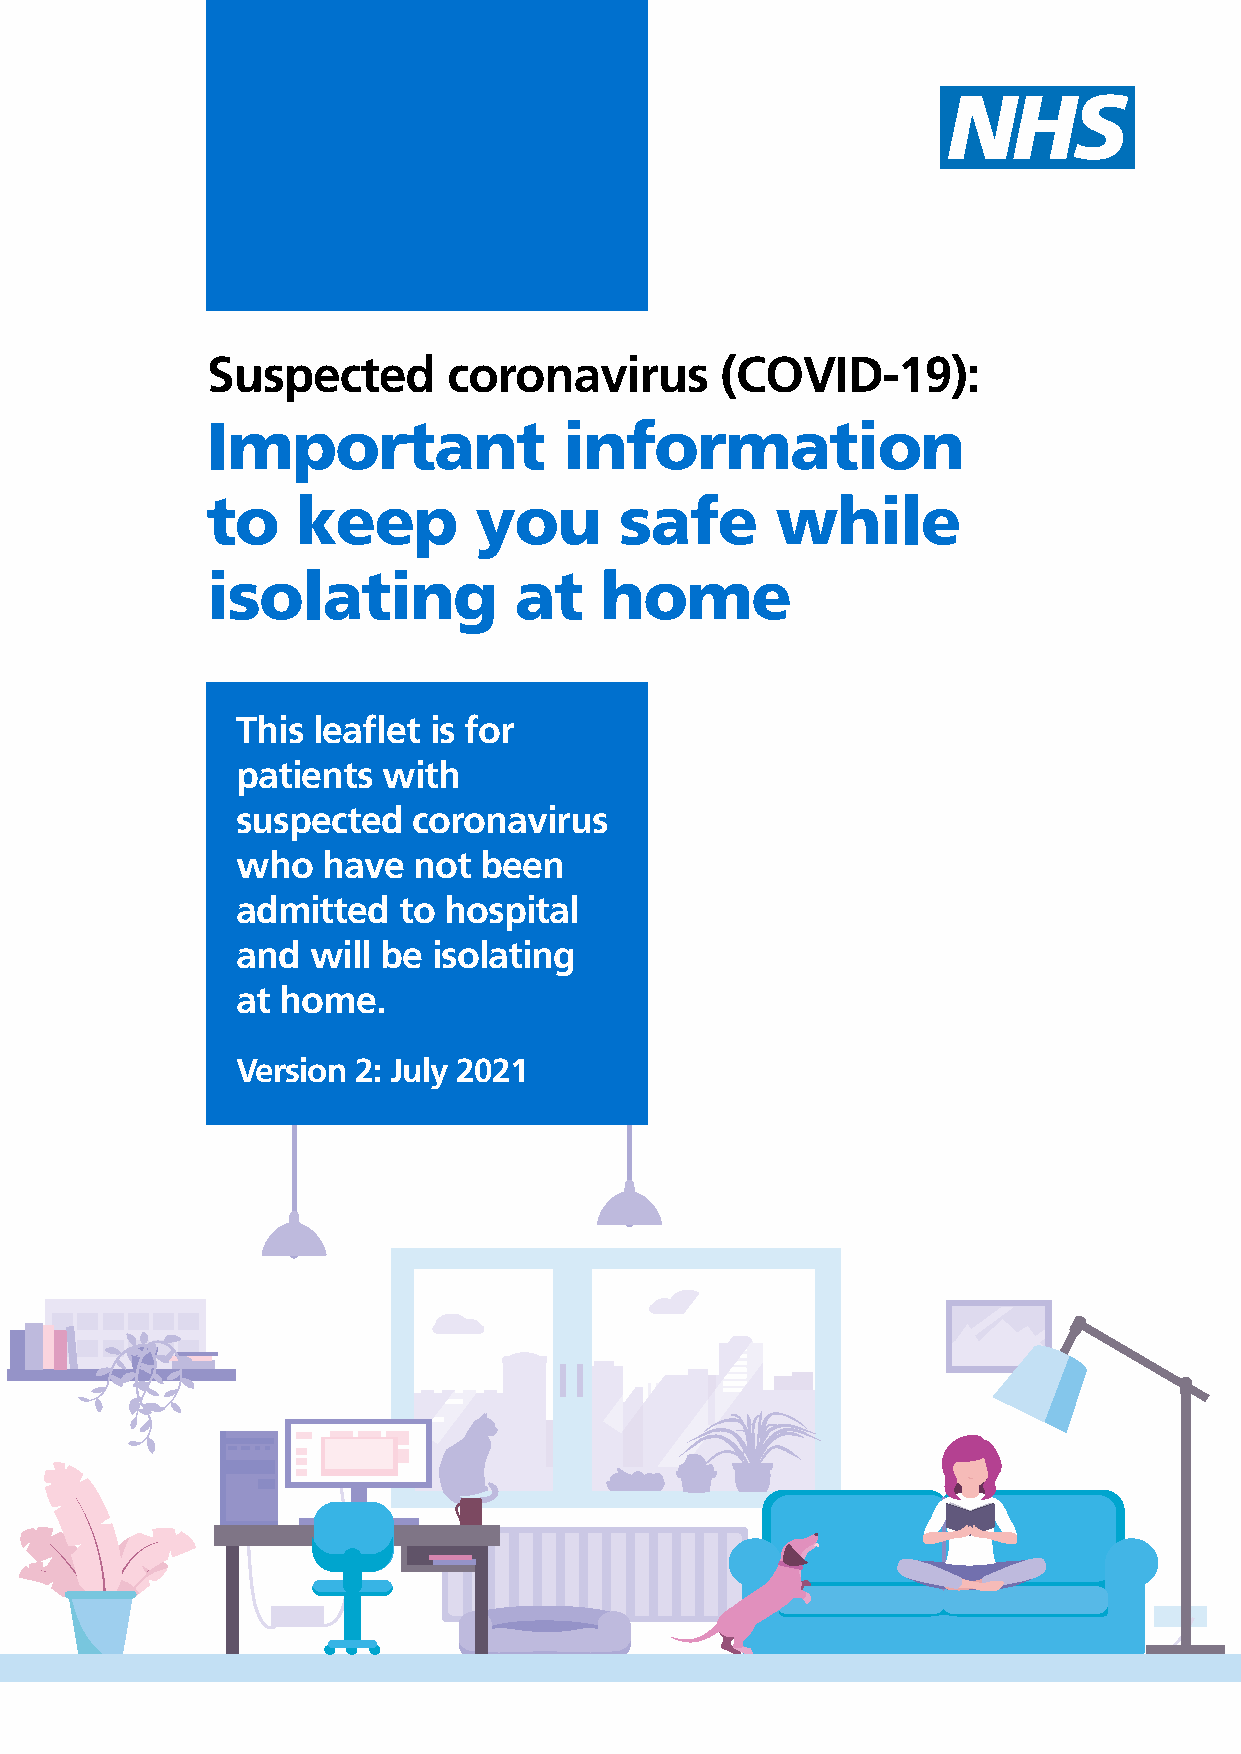
Suspected       coronavirus       (COVID-19):
 Important              information
 to    keep       you       safe      while
 isolating           at    home
 This leaflet is for
 patients with
 suspected  coronavirus
 who  have  not  been
 admitted  to hospital
 and will be  isolating
 at home.
 Version 2: July 2021